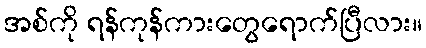
အစ်ကို ရန်ကုန်ကားတွေရောက်ပြီလား။